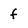
Character: f